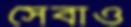
সেবাও